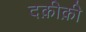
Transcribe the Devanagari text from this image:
दक़ीक़ी